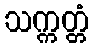
သက္ကတ္တံ